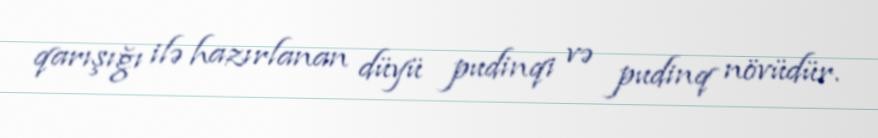
qarışığı ilə hazırlanan düyü pudinqi və pudinq növüdür.